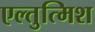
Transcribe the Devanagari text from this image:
एल्तुत्मिश